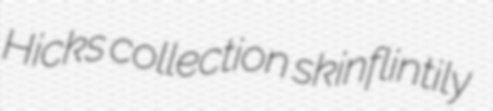
Hicks collection skinflintily